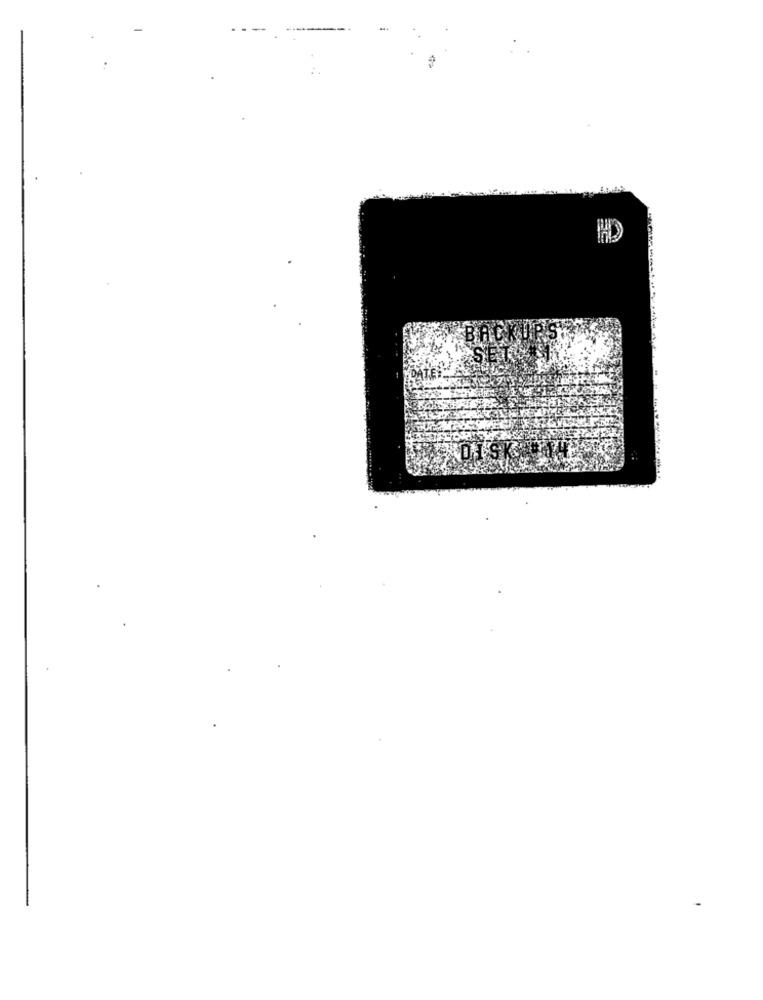
HD